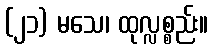
(၂၁) မသေ၊ ထုလ္လစ္စည်း။